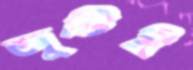
জুটিই